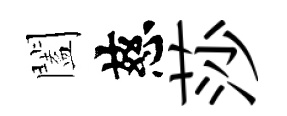
闔慈莎